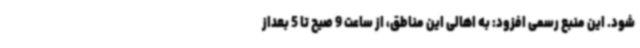
شود. این منبع رسمی افزود: به اهالی این مناطق، از ساعت 9 صیح تا 5 بعداز